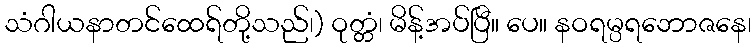
သံဂါယနာတင်ထေရ်တို့သည်၊) ဝုတ္တံ၊ မိန့်အပ်ပြီ။ ပေ။ နဝရမ္ပရဘောဇနေ၊